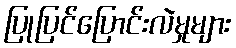
ပြုပြင်ပြောင်းလဲမှုများ